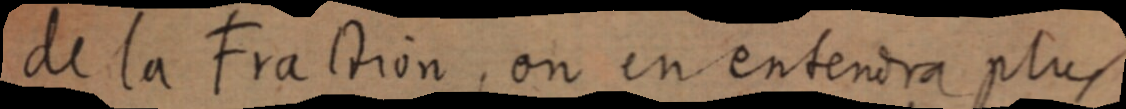
de la Fraction, on en entendra plus